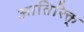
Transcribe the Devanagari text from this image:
आतिरिक्त्